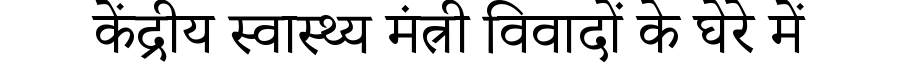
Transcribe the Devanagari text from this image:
केंद्रीय स्वास्थ्य मंत्री विवादों के घेरे में